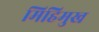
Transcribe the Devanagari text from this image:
मिहिमुख